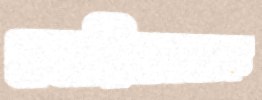
নোরিকোকে